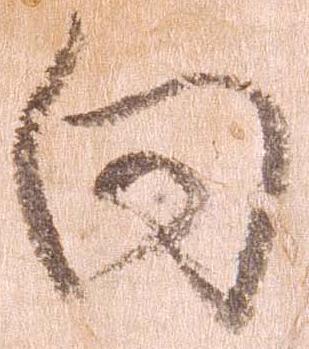
向